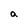
Character: a